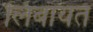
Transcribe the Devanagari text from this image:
लिंबायत